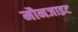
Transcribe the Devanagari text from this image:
मौनजाइट